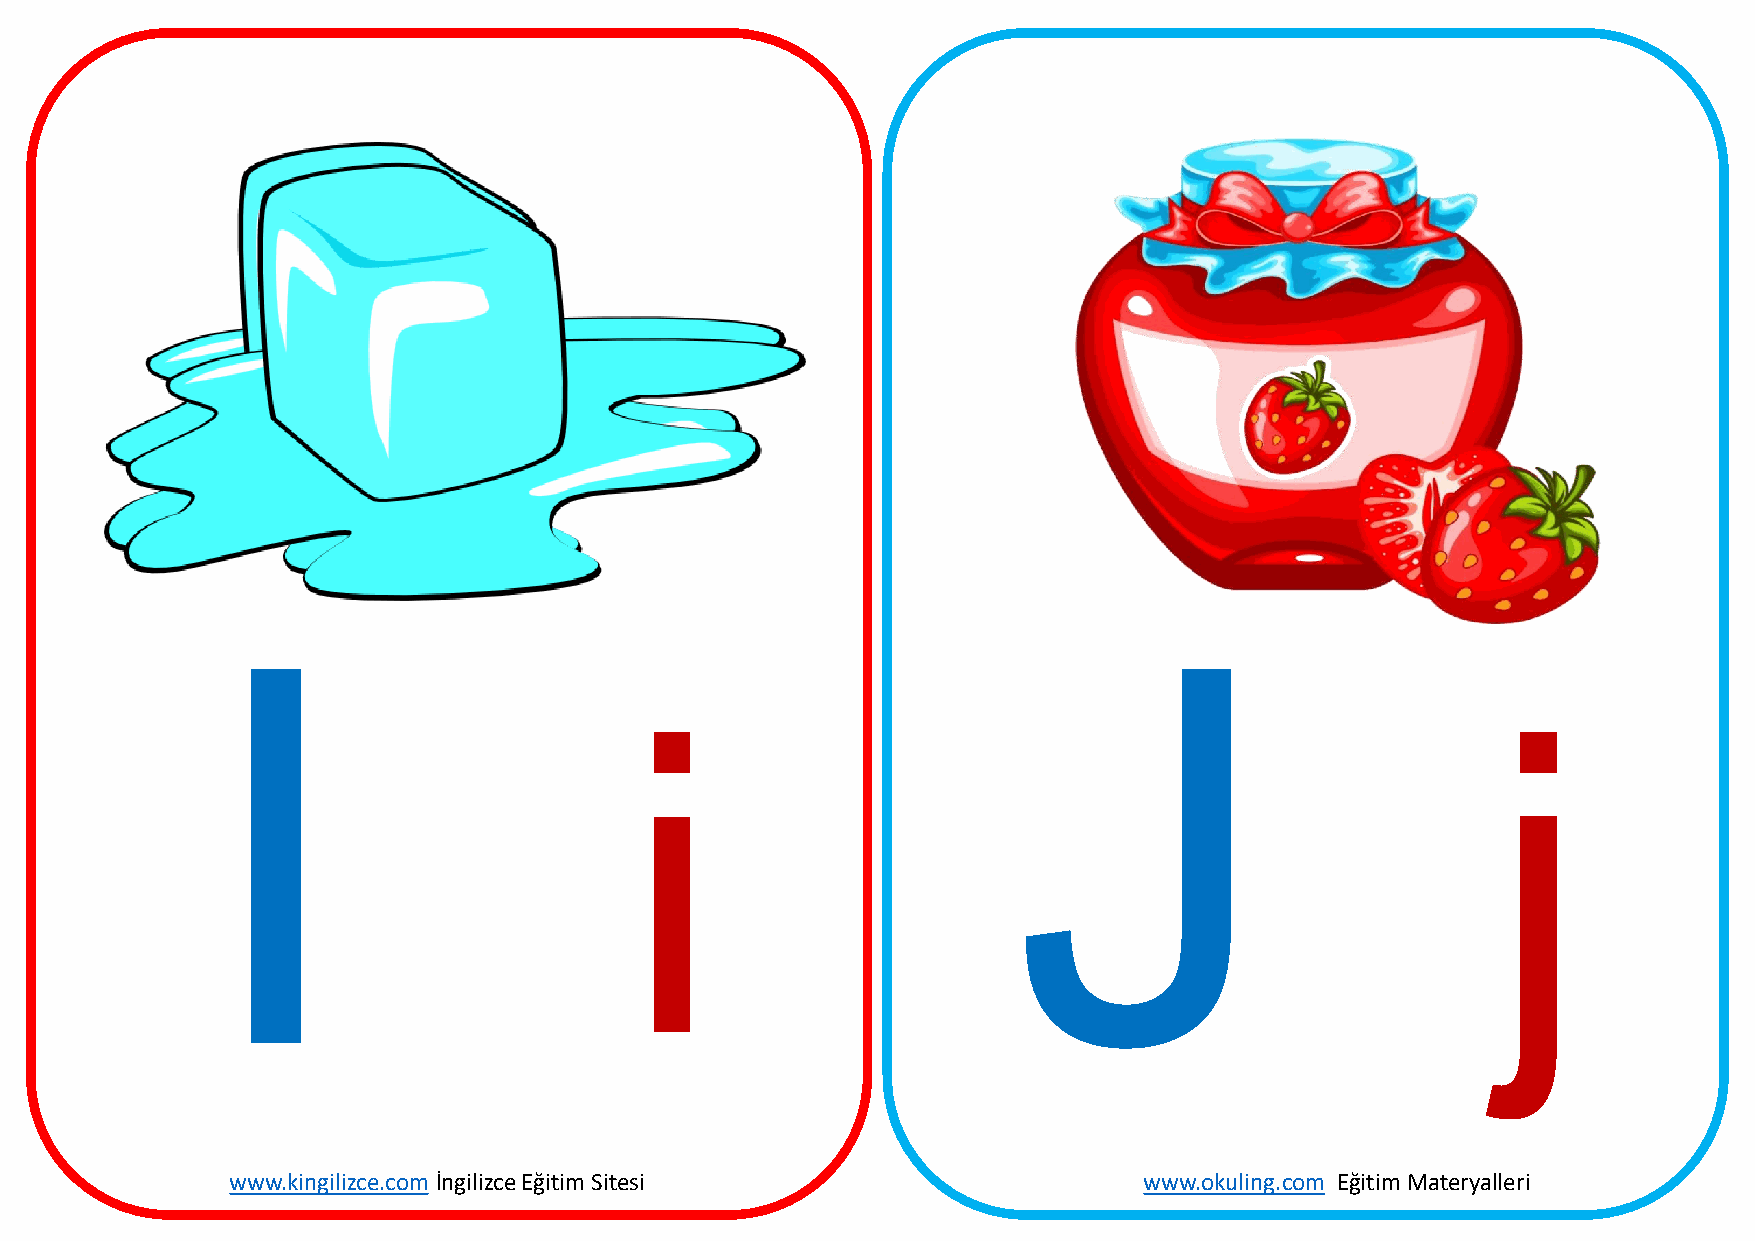
i                                                         j
 www.kingilizce.com İngilizce Eğitim Sitesi                   www.okuling.com Eğitim Materyalleri